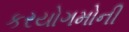
કરયોગમોની